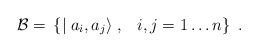
\begin{align*}{\cal B}=\, \left\{ \mid a_i ,a_j \rangle \; , \;\,\,\, i,j =1\ldots n \right\} \; .\end{align*}